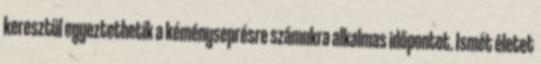
keresztül egyeztethetik a kéményseprésre számukra alkalmas időpontot. Ismét életet